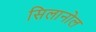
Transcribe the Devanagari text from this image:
सिलानोल